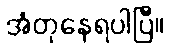
အံတုနေရပါပြီ။